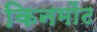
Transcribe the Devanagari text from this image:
किनमोंट